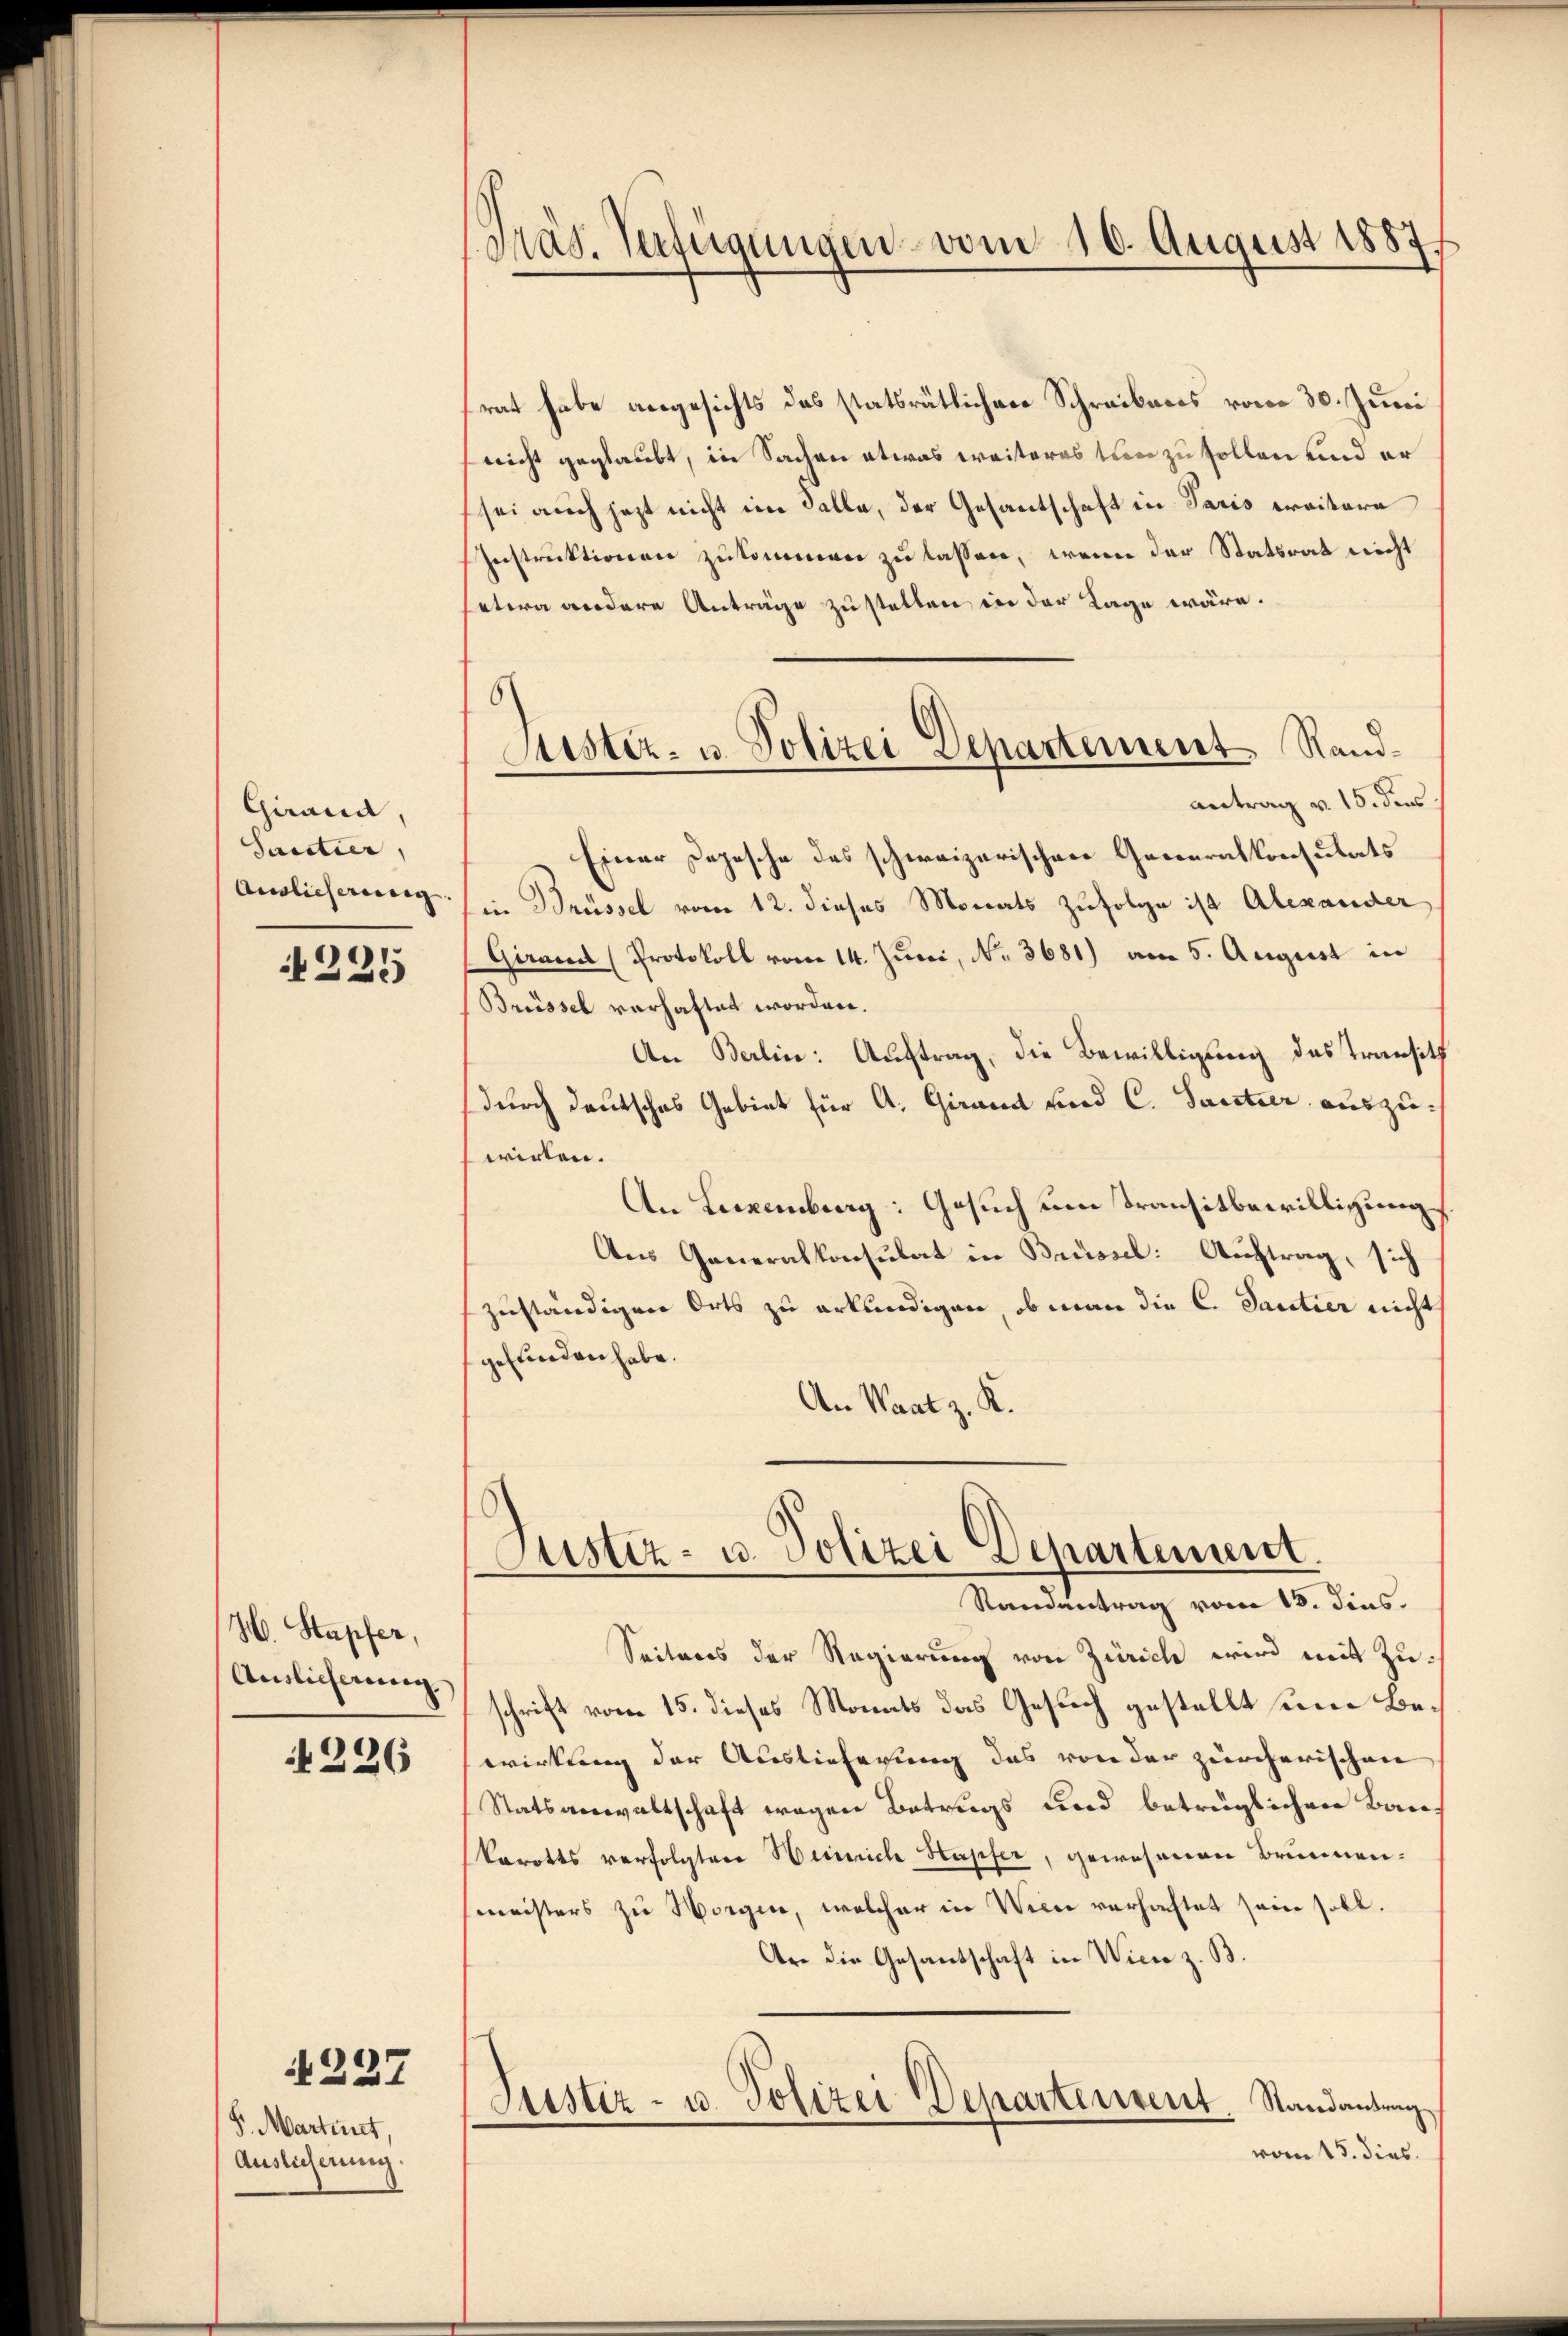
Girard,
Santier,
Auslieferung.

225

H. Stapfer,
Auslieferung.

226

N 227

S. Martint
Auslieferung.

Präs. Verfügungen vom 10. August 1887

rat habe ausgesichts das statsrätlichen Schreibens vom 30. Juni
nicht geglaubt, in Sachen etwas weiteres ten zu sollen und er
sei auch jetzt nicht im Falle, der Gesantschaft in Paris ereitere
Instruktionen zukommen zu lassen, wenn der Statsrat nicht
setwa andere Anträge zustellen in der Lage wäre.
antrag v. 15. ders
Einer Depesche des schweizerischen Generalkonsulats
in Brüssel vom 12. dieses Monats zufolge ist Alexander
Girard (Protokoll vom 14. Juni, N. 3681) am 5. August in
Brüssel verhaftet worden.
An Berlin: Auftrag, die Bewilligung das Transitz
durch deutsches Gebiet für A. Girard und C. Santier auszuwirken.
An Liezemberg: Gesuch um Transitbewilligung
Aus Generalkonsulat in Brüssel: Auftrag, sich
zuständigen Orts zu erkundigen, ob man die C. Santier nicht
gefunden habe.
An Waat z. K.

Justiz- u. Polizei Departement Rand¬

Justiz- u. Polizei Departement.
Randantrag vom 13. dens.

Seitens der Regierung von Zürich wird mit Zuschrift vom 15. dieses Monats das Gesuch gestellt sein Bewirkung der Auslieferung das von der zürcherischen
Statsanwaltschaft wegen Betrugs und beträglichen Bau¬
Varotts verfolgten Heinrich Hapfer, gewesenen Brunnen.
meisters zu Morgen, welcher in Wien verhaftet sein soll.
Ar die Gesantschaft in Wien z. B.
Justiz- u. Polizei Departenvent. Standantung
von 15. dies.